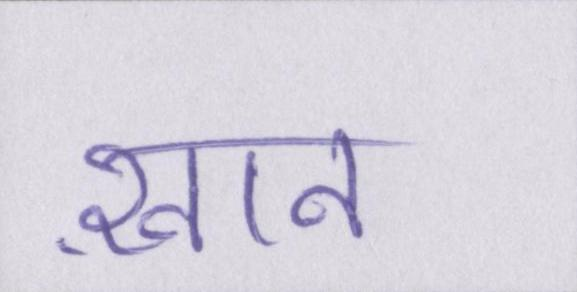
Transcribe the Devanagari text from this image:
ख़ान